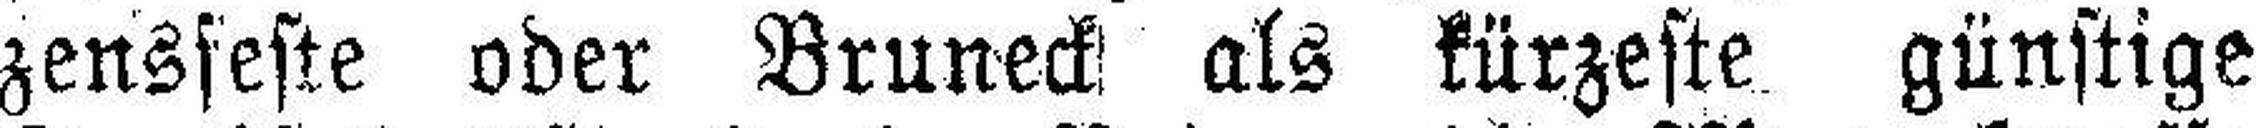
zensfeste oder Bruneck als kürzeste, günstige